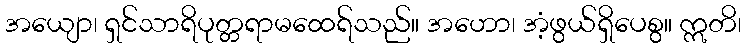
အယျော၊ ရှင်သာရိပုတ္တရာမထေရ်သည်။ အဟော၊ အံ့ဖွယ်ရှိပေစွ။ ဣတိ၊